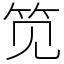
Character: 笕